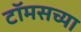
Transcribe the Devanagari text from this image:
टॉमसच्या